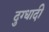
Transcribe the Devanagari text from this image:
दुग्धादी